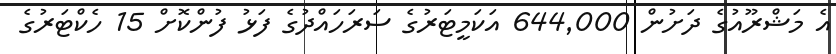
އެ މަޝްރޫއުގެ ދަށުން 644